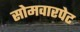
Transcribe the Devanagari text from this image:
सोमवारपेट